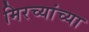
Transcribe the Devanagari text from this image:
मिरच्यांच्या